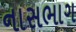
નાસભાગ